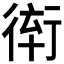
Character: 𲀞